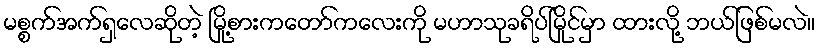
မစ္စက်အက်ရှလေဆိုတဲ့ မြို့စားကတော်ကလေးကို မဟာသုခရိပ်မြိုင်မှာ ထားလို့ ဘယ်ဖြစ်မလဲ။